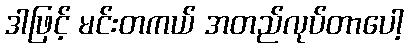
ဒါဖြင့် မင်းတကယ် အတည်လုပ်တာပေါ့